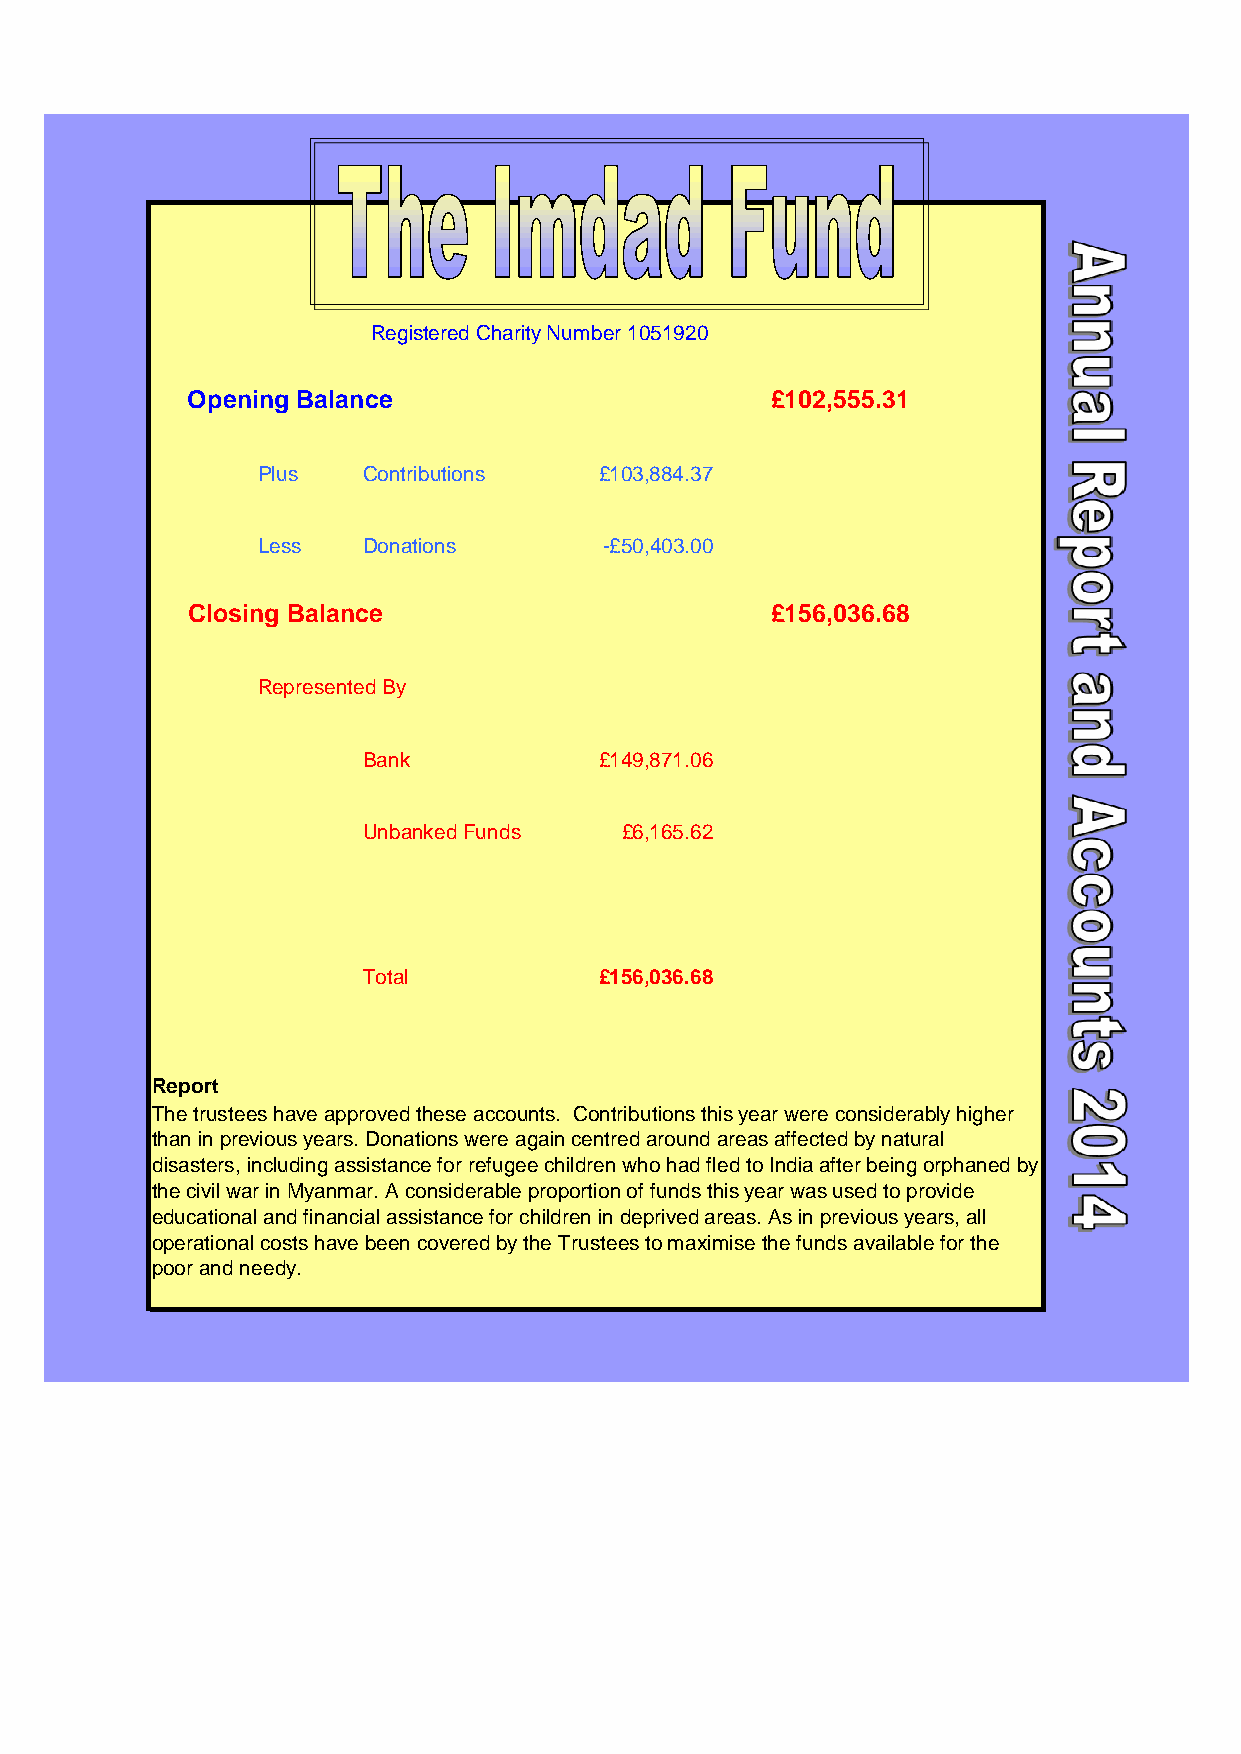
Registered Charity Number 1051920
 Opening Balance                        £102,555.31
 Plus   Contributions   £103,884.37
 Less   Donations       -£50,403.00
 Closing Balance                        £156,036.68
 Represented By
 Bank            £149,871.06
 Unbanked Funds   £6,165.62
 Total           £156,036.68
 Report
 The trustees have approved these accounts. Contributions this year were considerably higher
 than in previous years. Donations were again centred around areas affected by natural
 disasters, including assistance for refugee children who had fled to India after being orphaned by
 the civil war in Myanmar. A considerable proportion of funds this year was used to provide
 educational and financial assistance for children in deprived areas. As in previous years, all
 operational costs have been covered by the Trustees to maximise the funds available for the
 poor and needy.